Torma_(Votikvere)_vallavalitsus, lk 61
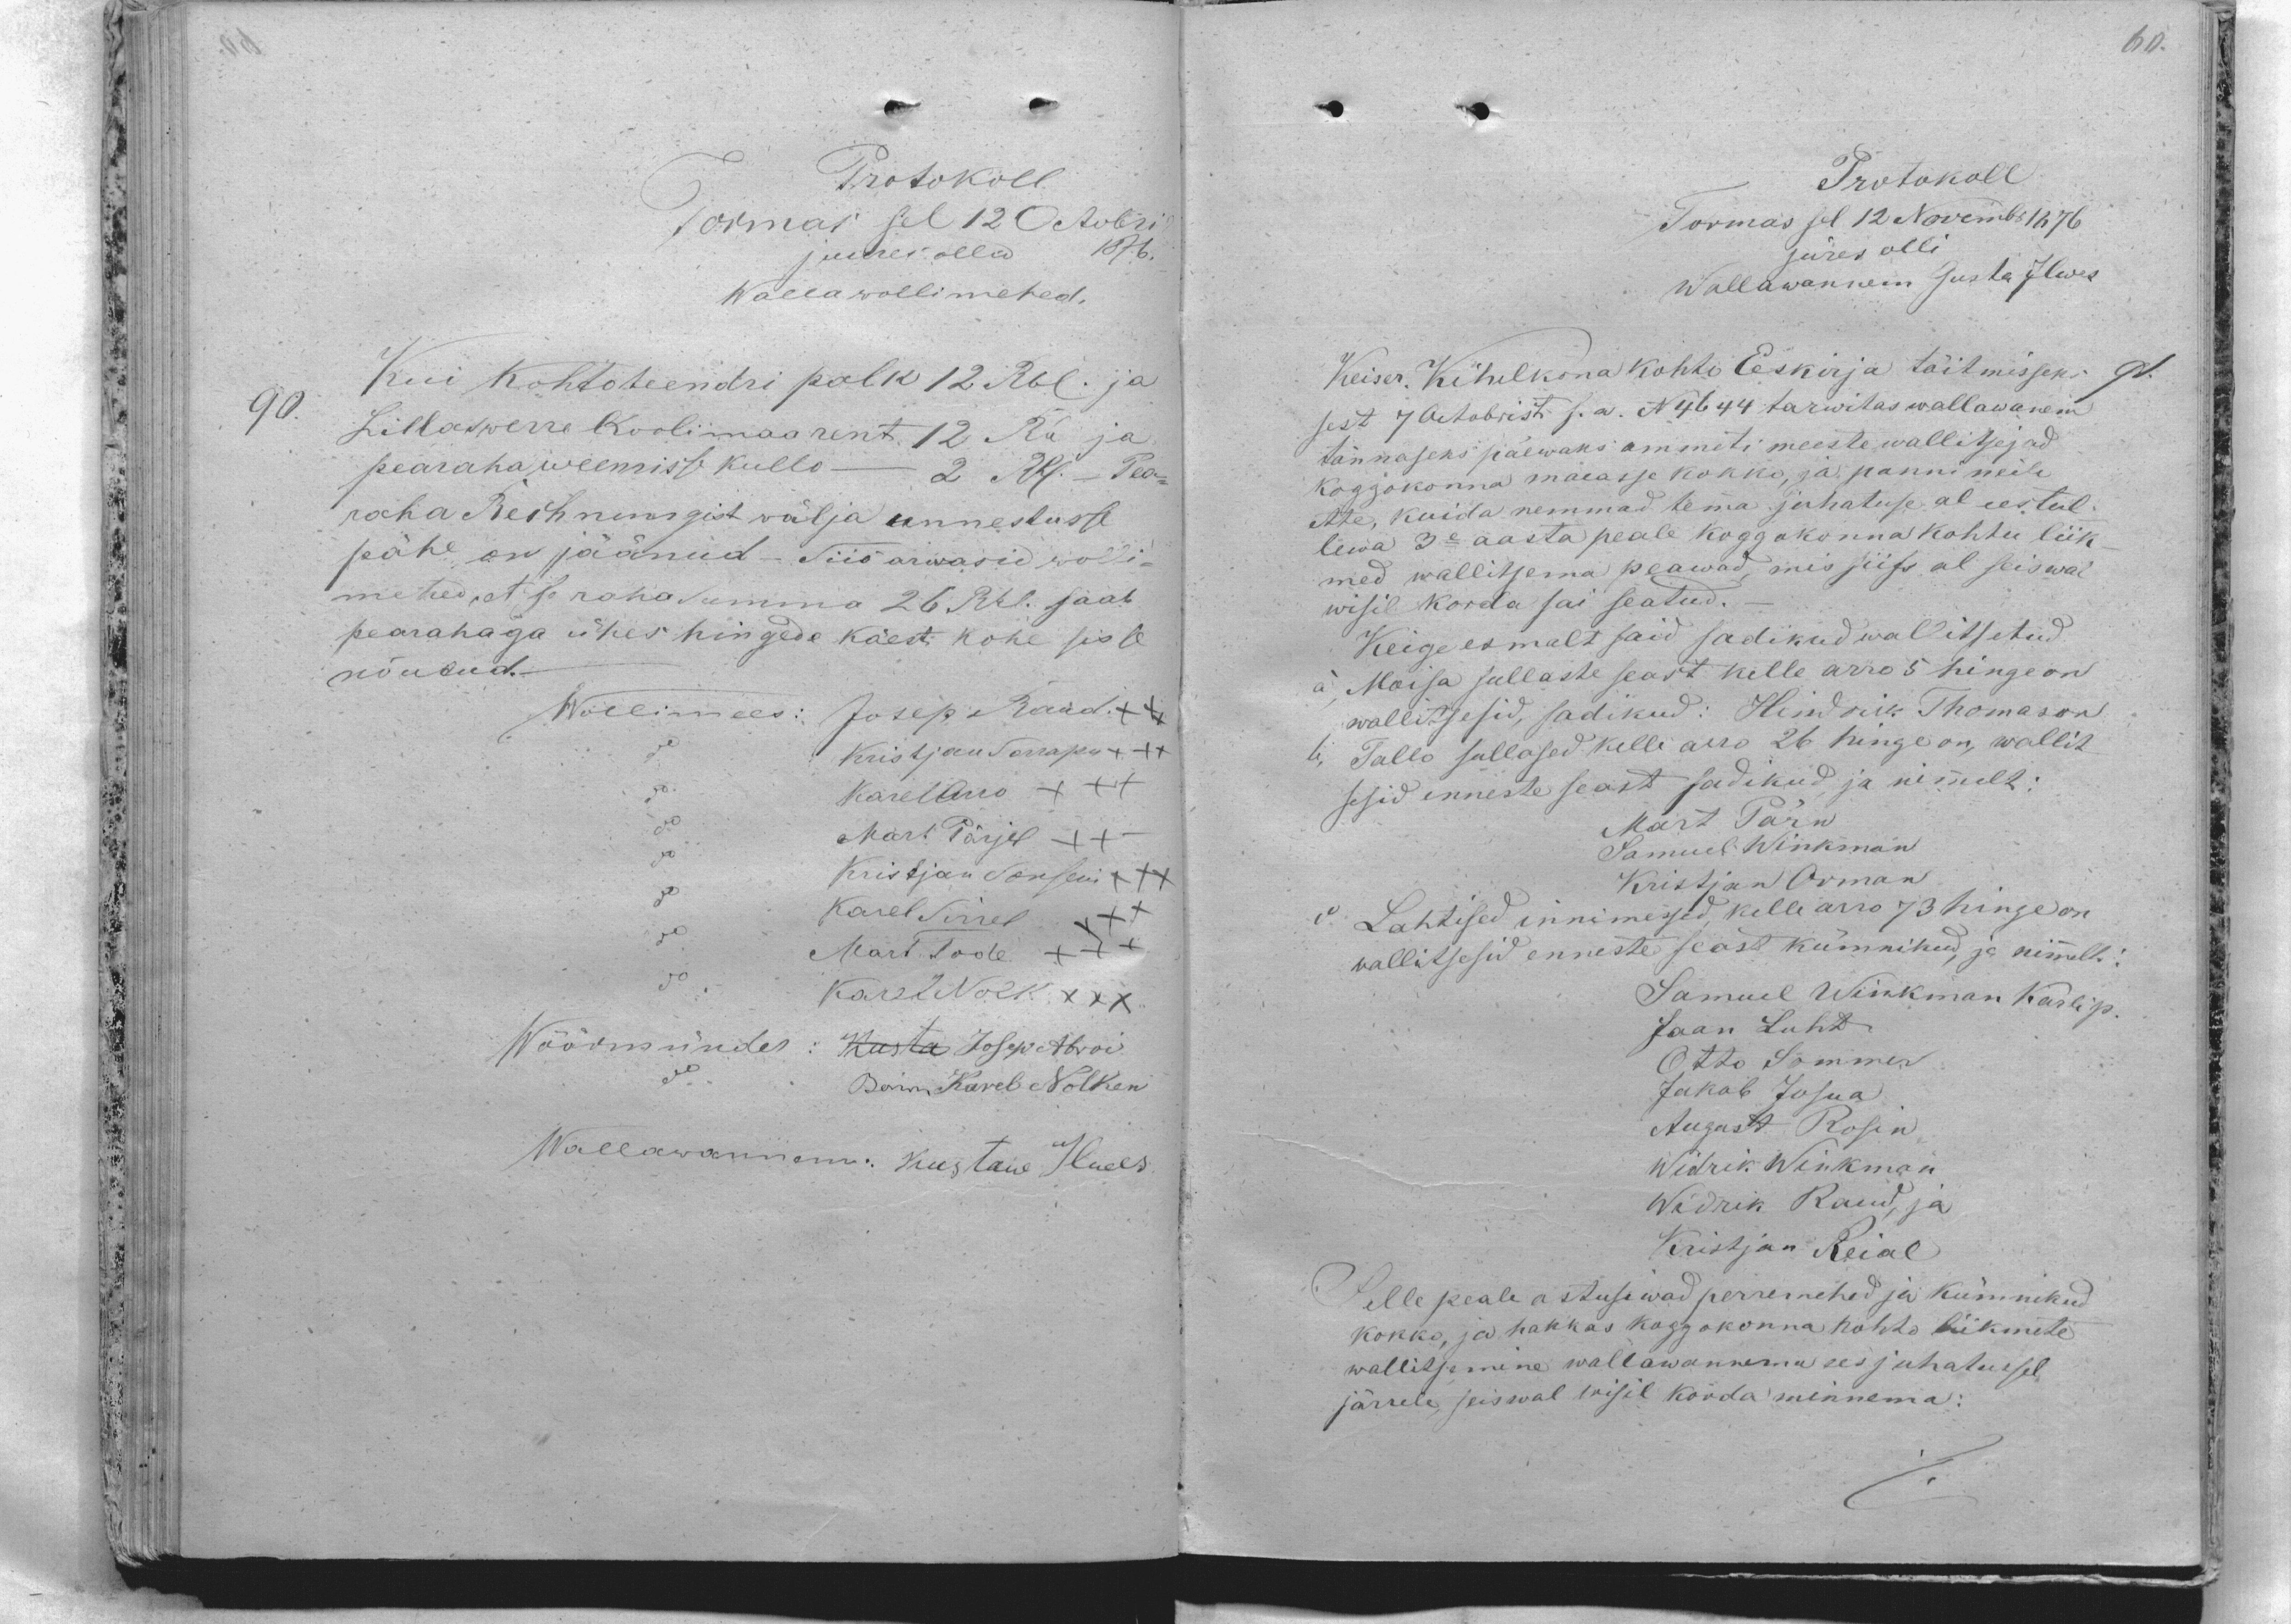
Protokoll
Tormas sel 12 Octobril
juures ollid 1876
Walla wollimehed.
Kui kohto teendri palk 12 Rbl. ja
90
Lillaswerre Koolimaa rent 12 Ru ja
pearaha weemisse kullo - 2 Rbl. Pea-
raha Rechnungist wälja unnestusse
pähe on jäänud. Siis arwasid wolli-
mehed, et se rahasumma 26 Rbl. saab
pearahaga ühes hingede käest kohe sisse
nõutud.
Wollimees: Josep Raud. XXX
Kristjan Sarapu XXX
Karel Arro XXX
Mart Pärjel XXX
Kristjan Sonsein XXX
Karel Sirrel XXX
Mart Tode XXX
Karel Nolk XXX
Wöörmünder: Kusta Josep Abroi
Baron Karel Nolken
Wallawannem: Kustaw Ilwes

Protokoll
Tormas sel 12 Novembr 1876
jures olli
Wallawannem Gusta Ilwes
91.
Keiser. Kihelkona kohto Eeskirja täitmisseks
sest 7 Octobrist s. a. N4644 tarwitas wallawannem
tännaseks päewaks ammeti meeste wallitsejad
Koggokonna maeasse kokko, ja panni neile
ette, kuida nemmad tema juhatuse al eestul
lewa 3e aasta peale koggokonna kohtu liik-
med wallitsema peawad, mis siis al seiswal
wisil korda sai seatud.
Keige esmalt said sadikud wallitsetud.
a, Moisa sullaste seast kelle arro 5 hinge on
wallitsesid, sadikud: Hindrik Thomason
b, Tallo sullased kelle arro 26 hinge on, wallit
sesid enneste seast sadikud ja nimmelt:
Mart Pärn
Samuel Winkman
Kristjan Orman
d Lahtised innimessed kelle arro 73 hinge on
wallitsesid enneste seast kümnikud, ja nimmelt:
Samuel Winkman Karli p.
Jaan Luht
Otto Sommer
Jakob Josua
August Rosin
Widrik Winkman
Widrik Raud, ja
Kristjan Reial
Selle peale astusiwad perremehed ja kümnikud
kokko, ja hakkas koggokonna kohto liikmete
wallitsemine wallawannema eesjuhatussel
järrele, seiswal wiisil korda minnema: